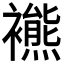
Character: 𧞞